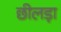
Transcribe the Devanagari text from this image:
छीलड़ा